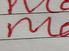
Signature authenticity: forged